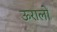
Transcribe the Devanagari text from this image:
ऊरालों